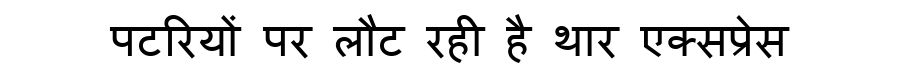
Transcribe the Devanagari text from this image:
पटरियों पर लौट रही है थार एक्सप्रेस